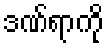
ဒဏ်ရာကို